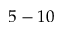
5 - 1 0